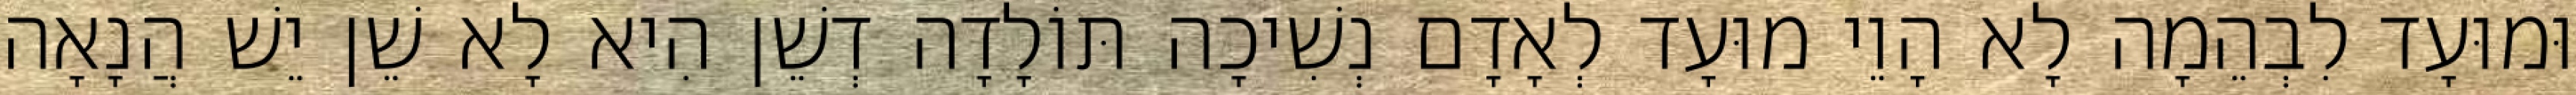
וּמוּעָד לִבְהֵמָה לָא הָוֵי מוּעָד לְאָדָם נְשִׁיכָה תּוֹלָדָה דְשֵׁן הִיא לָא שֵׁן יֵשׁ הֲנָאָה